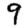
Digit: 9